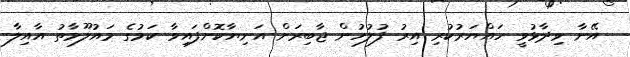
އޭނާ ވިދާޅުވީ ހައްޔަރުކުރި އިރު ފުލުހުން ޖާބިރަށް އަނިޔާކޮށްފައިވާ ކަމުގެ މައުލޫމާތު އާއިލާ